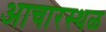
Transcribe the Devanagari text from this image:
आचारस्थळ